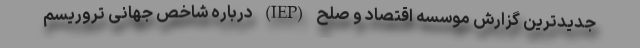
جدیدترین گزارش موسسه اقتصاد و صلح (IEP) درباره شاخص جهانی تروریسم